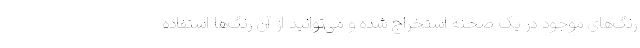
رنگ‌های موجود در یک صحنه استخراج شده و می‌توانید از آن رنگ‌ها استفاده